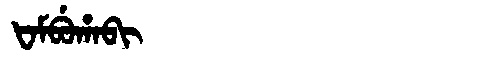
Manchu: ᡶᠠᠮᠪᡠᡥᠠᠪᡳ
Romanization: FAMBUHABI